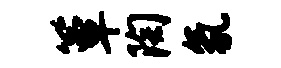
簟陶氛